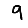
Digit: 9